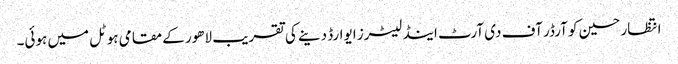
انتظار حسین کو آرڈر آف دی آرٹ اینڈ لیٹرز ایوارڈ دینے کی تقریب لاھور کے مقامی ہوٹل میں ہوئی۔